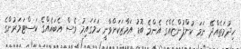
ހިދުމަތެއްދޭ ނަމަ ކުންފުންޏެއްގެ އެންމެ ބޮޑު އަމާޒަކަށްވާނީ ހަމަގައިމު ވެސް އެބައެއްގެ ކަސްޓަމަރުންގެ